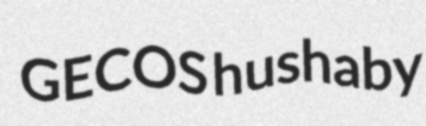
GECOS hushaby